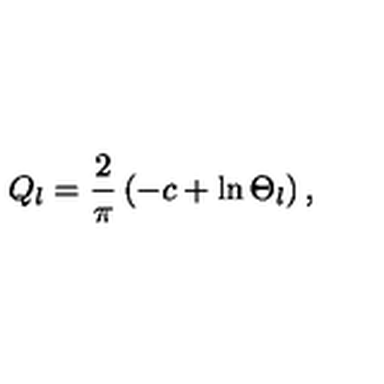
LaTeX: Q _ { l } = \frac { 2 } { \pi } \left( - c + \ln \Theta _ { l } \right) ,